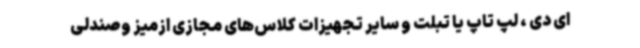
ای دی ، لپ تاپ یا تبلت و سایر تجهیزات کلاس‌های مجازی ازمیز وصندلی